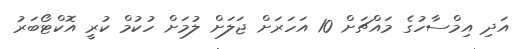
އަދި އިމްސާހުގެ މައްޗަށް 10 އަހަރަށް ޖަލަށް ލުމަށް ހުކުމް ކުރީ އޮކްޓޯބަރު